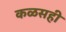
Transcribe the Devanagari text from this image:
कळसही